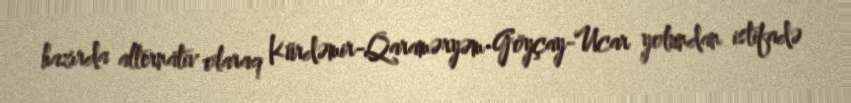
hazırda alternativ olaraq Kürdəmir-Qaraməryəm-Göyçay-Ucar yolundan istifadə